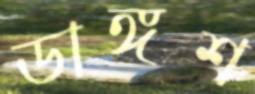
ডাঙ্গশ